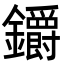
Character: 𨰜